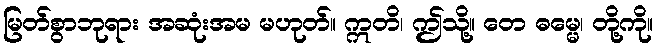
မြတ်စွာဘုရား အဆုံးအမ မဟုတ်။ ဣတိ၊ ဤသို့။ တေ ဓမ္မေ၊ တို့ကို။